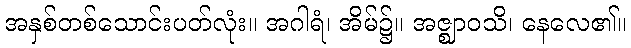
အနှစ်တစ်သောင်းပတ်လုံး။ အဂါရံ၊ အိမ်၌။ အဇ္ဈာဝသိ၊ နေလေ၏။